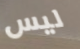
ليس